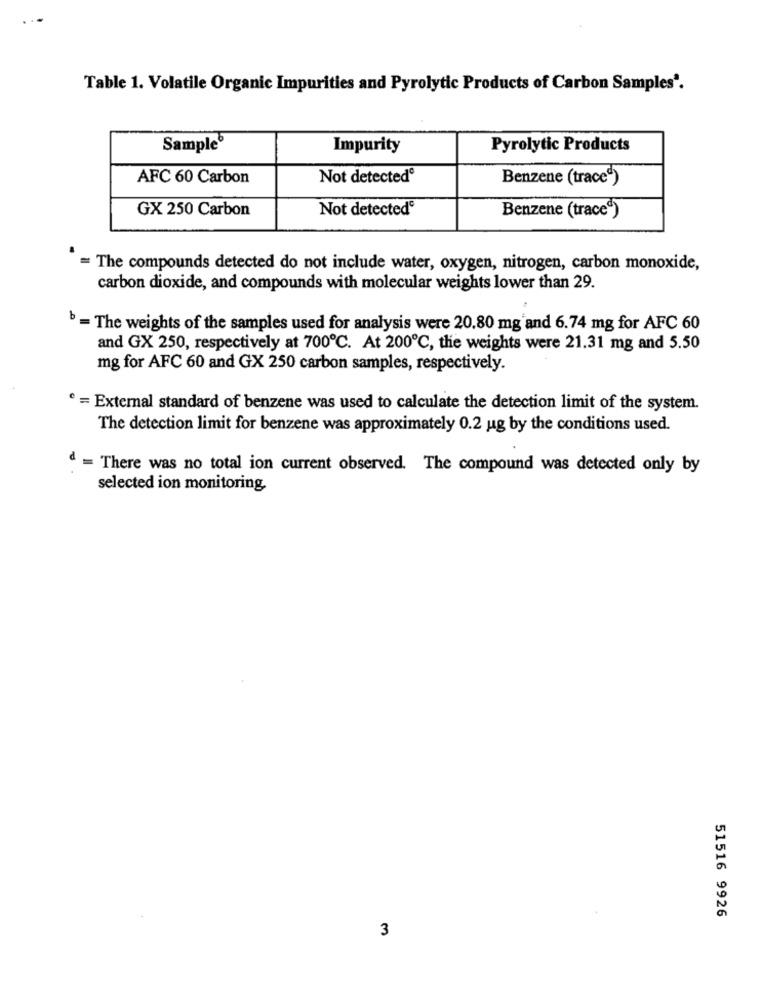
Table 1. Volatile Organic Impurities and Pyrolytic Products of Carbon Samples'.
Sample
Impurity
Pyrolytic Products
AFC 60 Carbon
Not detected®
Benzene (traced)
GX 250 Carbon
Not detected
Benzene (trace")
= The compounds detected do not include water, oxygen, nitrogen, carbon monoxide,
carbon dioxide, and compounds with molecular weights lower than 29.
b = The weights of the samples used for analysis were 20,80 mg and 6.74 mg for AFC 60
and GX 250, respectively at 700℃. At 200℃, the weights were 21.31 mg and 5.50
mg for AFC 60 and GX 250 carbon samples, respectively.
= External standard of benzene was used to calculate the detection limit of the system.
The detection limit for benzene was approximately 0.2 ug by the conditions used.
= There was no total ion current observed. The compound was detected only by
selected ion monitoring,
51516 9926
3